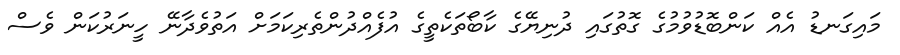
މައިގަނޑު އެއް ކަންބޮޑުވުމުގެ ގޮތުގައި ދުނިޔޭގެ ކާބޯތަކެތީގެ އުފެއްދުންތެރިކަމަށް އަތުވެދާނޭ ހީނަރުކަން ވެސް